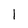
Character: l